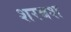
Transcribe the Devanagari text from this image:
शरबश